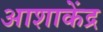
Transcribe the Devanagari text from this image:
आशाकेंद्र